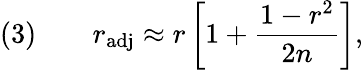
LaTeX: (3)\qquad r_{\mathrm{adj}}\approx r\left[1+{\frac{1-r^{2}}{2n}}\right],